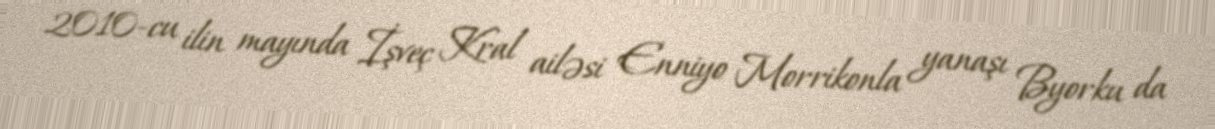
2010-cu ilin mayında İşveç Kral ailəsi Enniyo Morrikonla yanaşı Byorku da